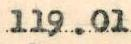
119.01